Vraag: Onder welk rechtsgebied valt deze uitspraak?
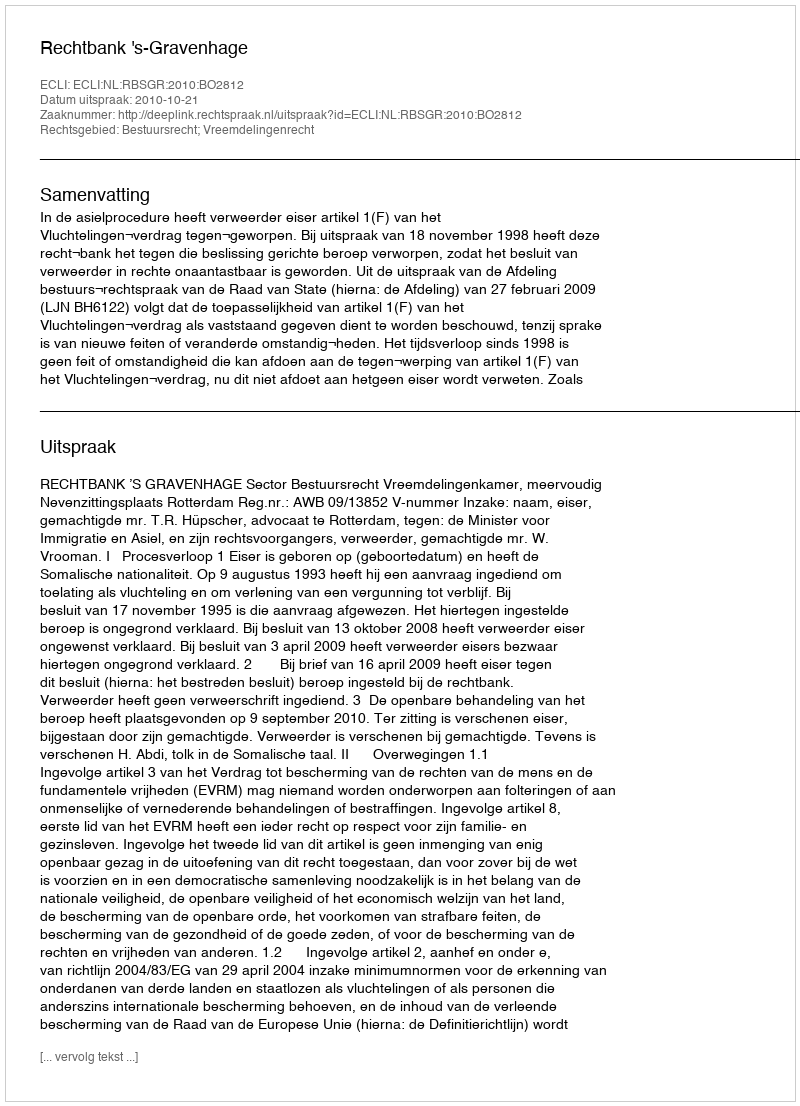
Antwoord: Bestuursrecht; Vreemdelingenrecht